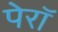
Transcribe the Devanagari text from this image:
पेरॉ